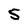
Character: 5